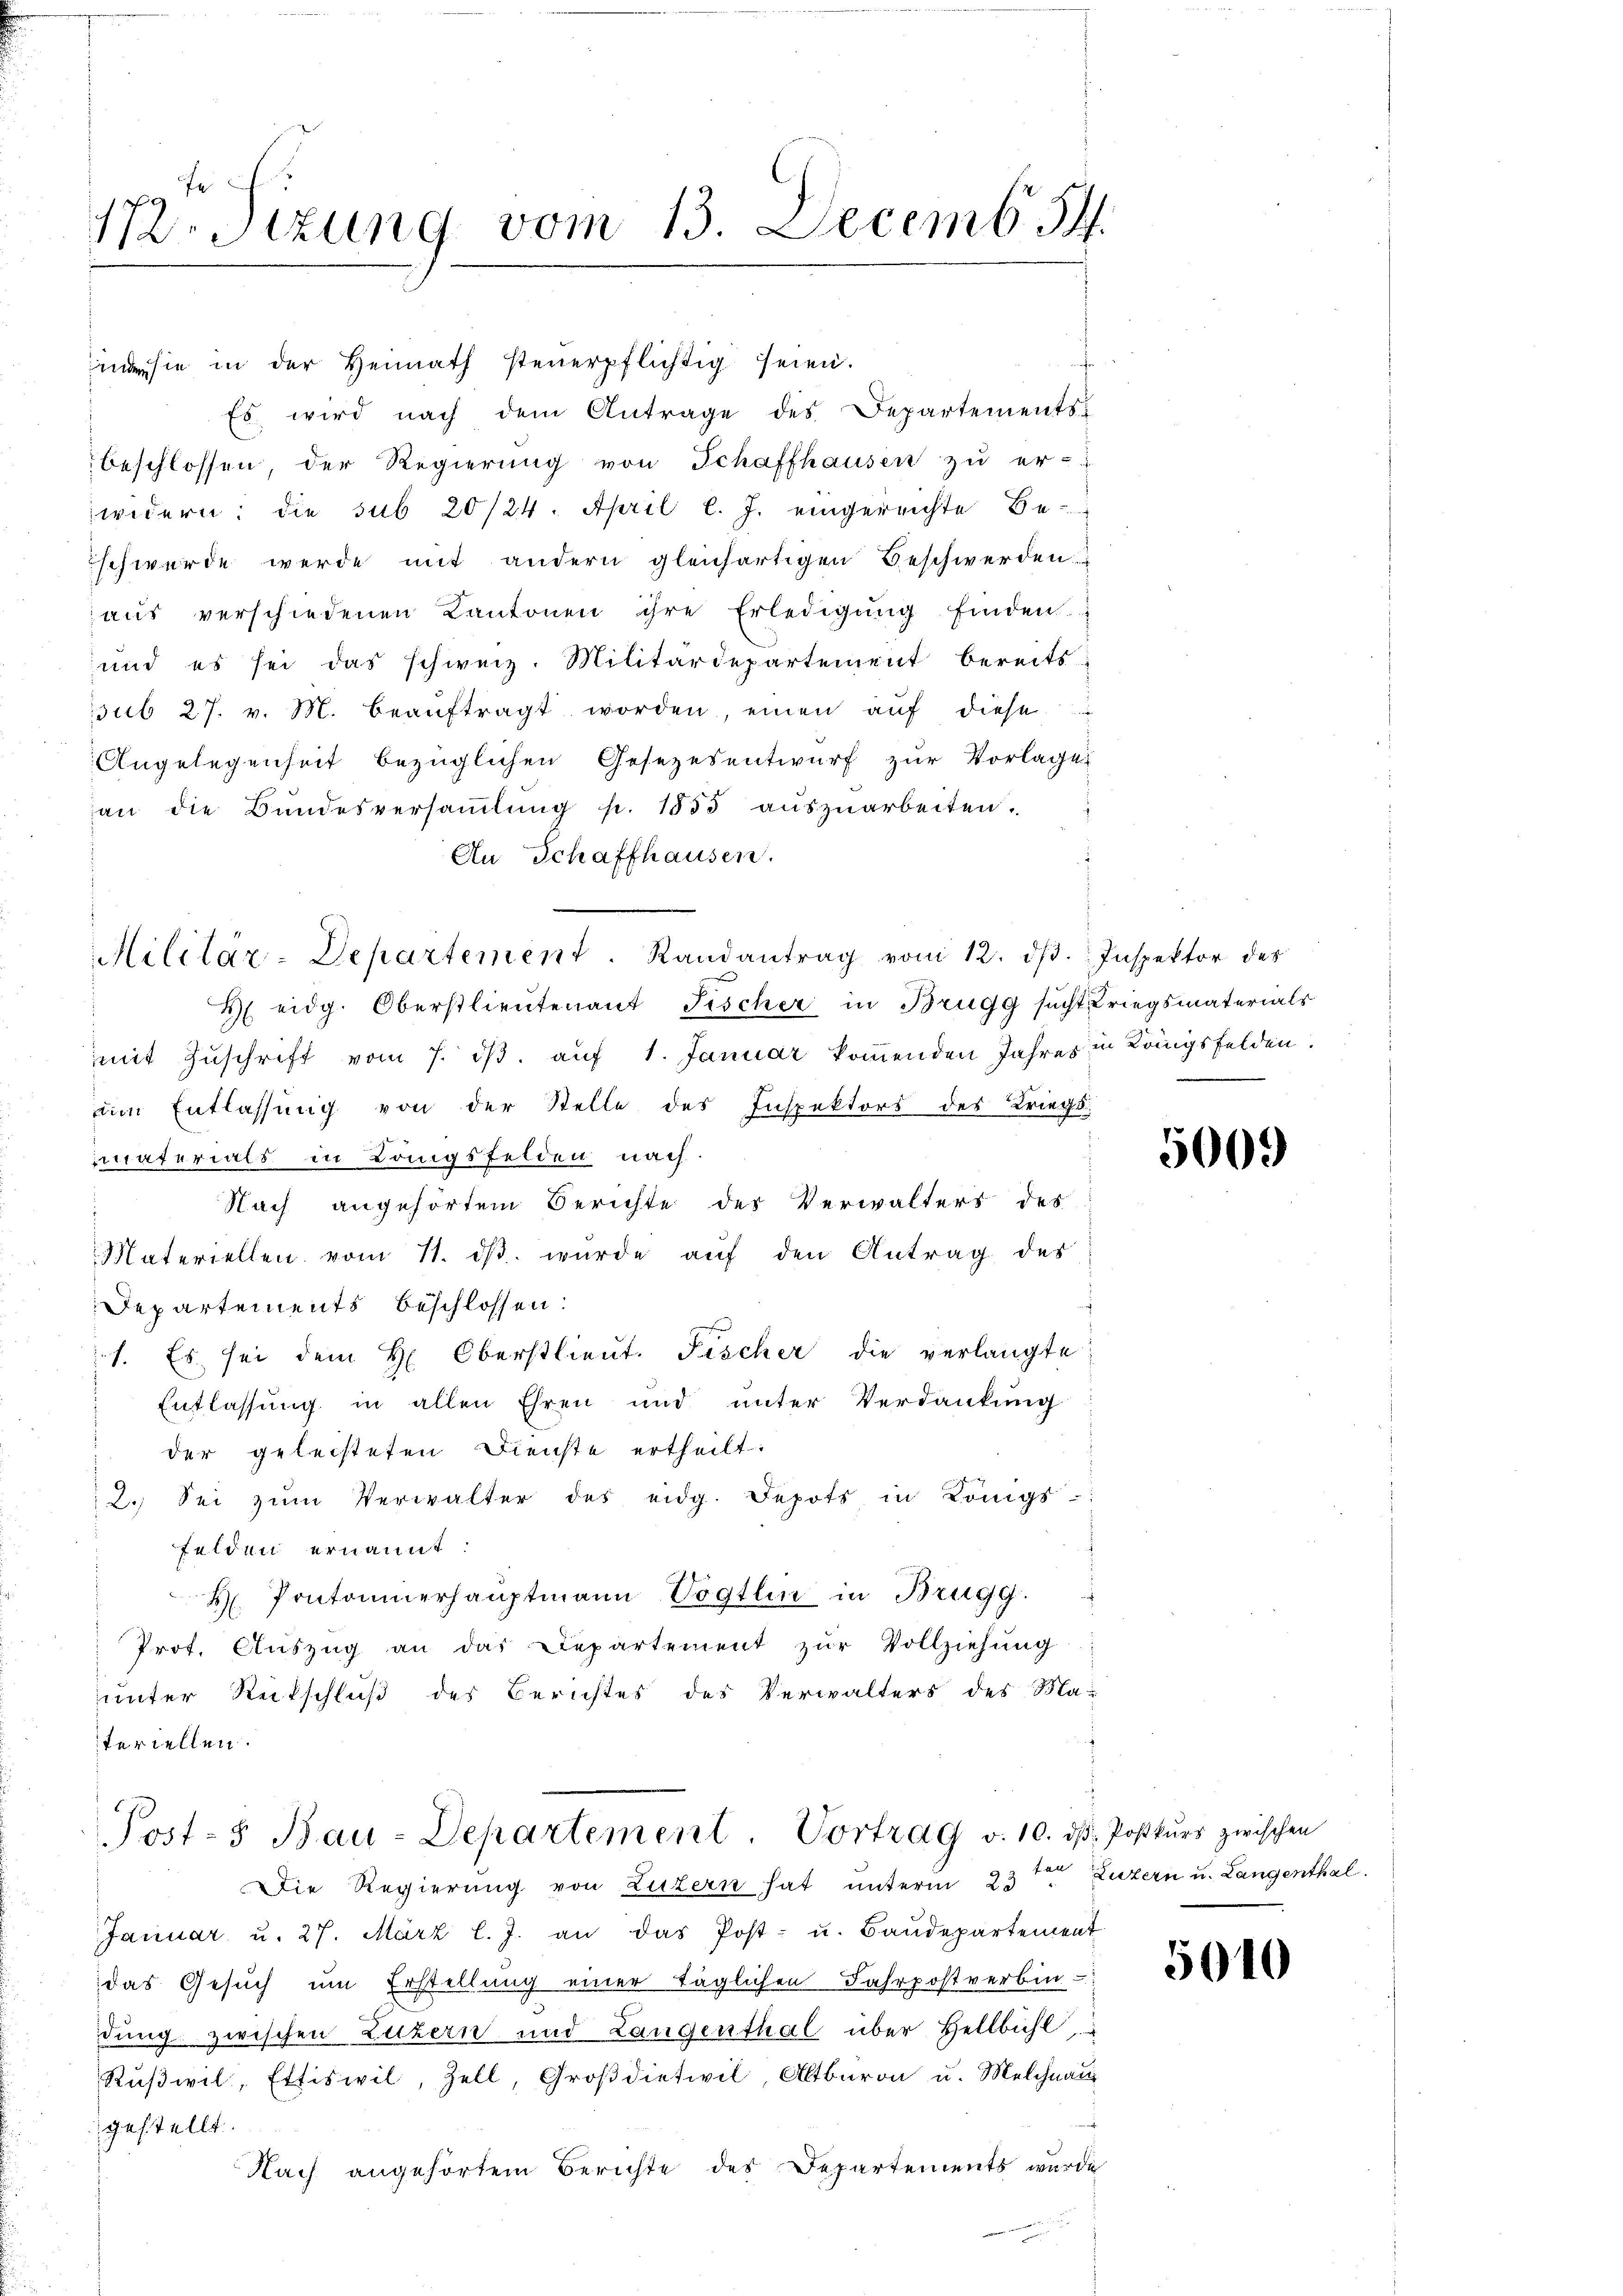
172. Sizung vom 13. Decemb. 14.

Militär-Departement. Randantrag vom 12. dβ. Inspektor des

ine sie in der Heimath steuerpflichtig seien.
Es wird nach dem Antrage des Departements-
beschlossen, der Regierŭng von Schaffhausen zŭ er-
widern: die sub 20/24. April l. J. eingereichte Be-
schwerde werde mit andern gleichartigen Beschwerden
aŭs verschiedenen Kantonen ihre Erledigŭng finden.
und es sei das schweiz. Militärdepartement bereits
sub 27. v. M. beaŭftragt worden, einen aŭf diese
Angelegenheit bezüglichen Gesetzesentwurf zur Vorlage
an die Bundesversaṁlŭng p. 1855 aŭszŭarbeiten.
An Schaffhausen.
H eidg. Oberstlieutenant Fischer in Brugg sucht, Kriegsmaterials
mit Zuschrift vom 7. dβ. auf 1. Januar kommenden Jahres in Kringsfelden.
um Entlassung von der Stelle des Inspektors des Kriegs-
materials in Langsfelden nach
Nach angehörtem Berichte des Verwalters des
Materiellen vom 11. ds. wurde auf den Antrag des
Departements beschlossen:
s. Es sei dem H. Oberstlieut. Fischer die verlangte
Entlassung in allen Ehren und unter Verdankung
der geleisteten Dienste ertheilt:
2. Sei zŭm Verwalter des eidg. Jepots in Königs
felden ernannt:
H. Pontonnerhauptmann Vögtlin in Brugg.
Prof. Aŭszŭg an das Departement zŭr Vollziehŭng
unter Rückschluß des Berichtes des Verwalters des Ma-
teriellen.
Post- & Bau-Departement. Vortrag v. 10. dβ. Postkŭrs zwischen
Die Regierung von Luzern hat unterm 23ten Luzern u. Langenthal
Januar u. 27. März l. J. an das Post- u. Baŭdepartement
das Gesuch um Erstellung einer täglichen Fahrpostverbin-
dung zwischen Luzern und Langenthal über Hellbühl,
Rŭβwil, Ettiswil, Zell, Groβdietwil, Altbaron u. Melchnan
gestellt
Nach angehörtem Berichte des Departements wurde

5009

5010